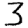
Digit: 3